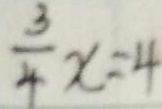
\frac { 3 } { 4 } x = 4